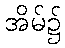
အိမ်၌